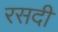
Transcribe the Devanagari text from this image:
रसदी